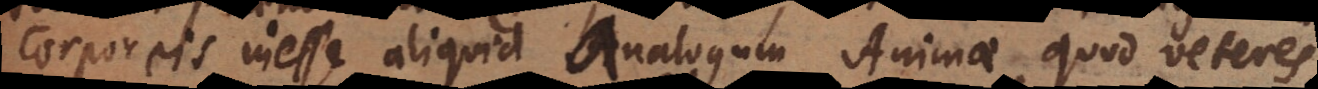
corporeis inesse aliquid analogum Animae, quod veteres